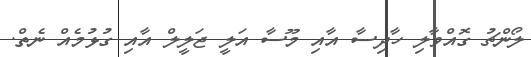
ލޯންޗު ގޮއްވާލި ހާދިސާ އާއި މޫސާ އަލީ ޖަލީލް އާއި ގުޅުމެއް ނެތް.